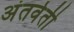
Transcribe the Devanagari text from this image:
अंतर्वती